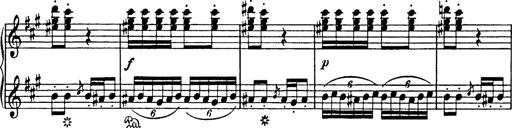
Title: Mephisto Polka
Composer: Franz Liszt